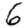
Digit: 6